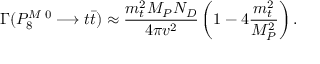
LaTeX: \Gamma ( P _ { 8 } ^ { M \; 0 } \longrightarrow t \bar { t } ) \approx \frac { m _ { t } ^ { 2 } M _ { P } N _ { D } } { 4 \pi v ^ { 2 } } \left( 1 - 4 \frac { m _ { t } ^ { 2 } } { M _ { P } ^ { 2 } } \right) .